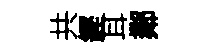
共鏗耳鄰